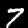
Digit: 7